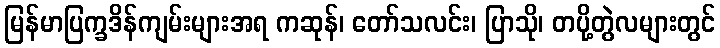
မြန်မာပြက္ခဒိန်ကျမ်းများအရ ကဆုန်၊ တော်သလင်း၊ ပြာသို၊ တပို့တွဲလများတွင်